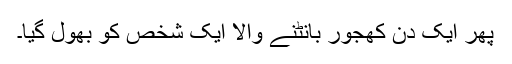
پھر ایک دن کھجور بانٹنے والا ایک شخص کو بھول گیا۔